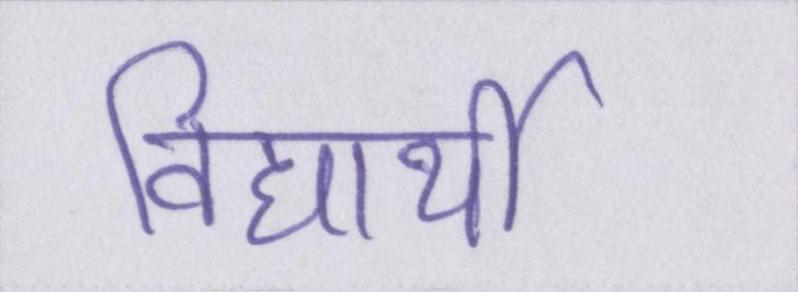
विद्यार्थी